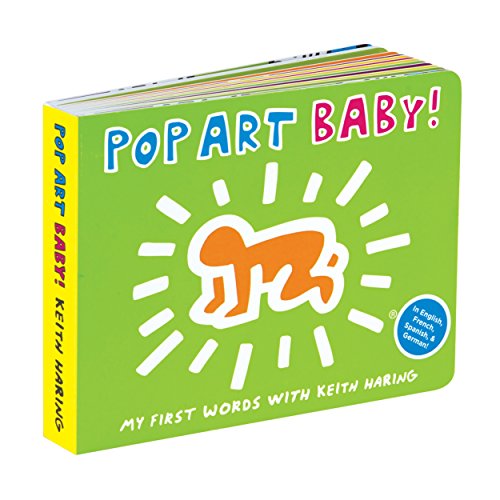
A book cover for Keith Haring Pop Art Baby! Board Book; Mudpuppy; Reference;